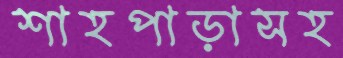
শাহপাড়াসহ